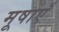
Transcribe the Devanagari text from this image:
मूषाएँ